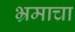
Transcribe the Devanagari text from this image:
भ्रमाचा